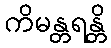
ကိမန္တရန္တိ